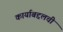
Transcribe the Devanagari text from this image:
कार्याबद्दलची